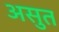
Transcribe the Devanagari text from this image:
असुत